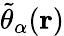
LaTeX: \tilde{\theta}_{\alpha}(\mathbf{r})